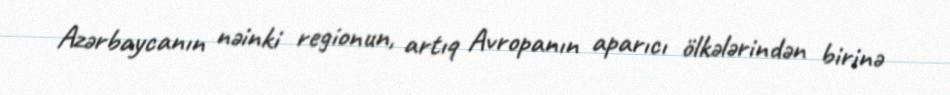
Azərbaycanın nəinki regionun, artıq Avropanın aparıcı ölkələrindən birinə